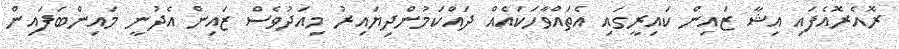
ރޮއެރޮއެފައި އިޝާ ޒައިން ކައިރީގައި އެތައްވާހަކައެއް ދައްކަމުންދިޔައިރު މިއަދުވެސް ޒައިން އެދުނީ މައިންބަފައިން